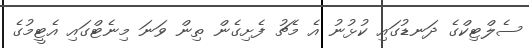
ސެލްޓިކްގެ ދަނޑުގައި ކުޅުނު އެ މެޗު ފެށިގެން ތިން ވަނަ މިނެޓްގައި އެޓީމުގެ